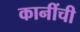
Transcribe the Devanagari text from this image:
कानींची